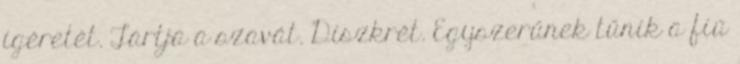
ígéretét. Tartja a szavát. Diszkrét. Egyszerűnek tűnik a fiú